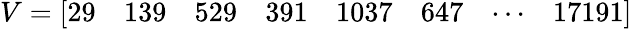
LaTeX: V={\left[\begin{array}{llllllll}{29}&{139}&{529}&{391}&{1037}&{647}&{\cdots}&{17191}\end{array}\right]}